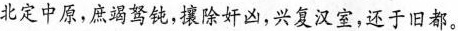
北定中原，庶竭驽钝，攘除奸凶，兴复汉室，还于旧都。